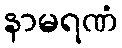
နာမရဏံ